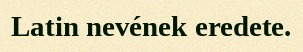
Latin nevének eredete.